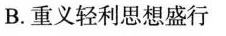
B.重义轻利思想盛行